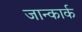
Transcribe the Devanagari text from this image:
जान्कार्क